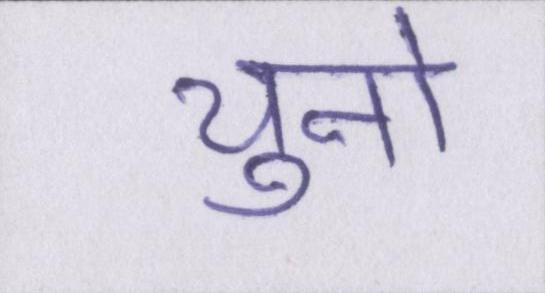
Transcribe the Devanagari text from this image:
चुनो